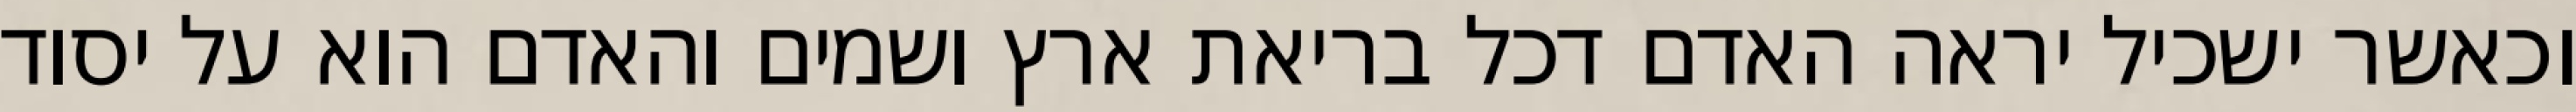
וכאשר ישכיל יראה האדם דכל בריאת ארץ ושמים והאדם הוא על יסוד